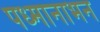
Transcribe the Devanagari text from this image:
पध्मानाभन